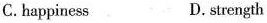
C.happiness D.strength